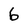
Character: 6